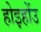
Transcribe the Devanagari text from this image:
होइहोंउ